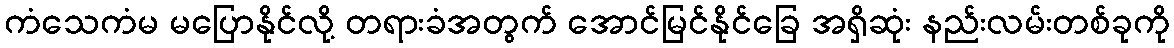
ကံသေကံမ မပြောနိုင်လို့ တရားခံအတွက် အောင်မြင်နိုင်ခြေ အရှိဆုံး နည်းလမ်းတစ်ခုကို